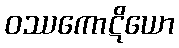
ဝဿကောဋိယော